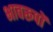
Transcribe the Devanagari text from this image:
भावरूपों